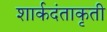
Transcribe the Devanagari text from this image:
शार्कदंताकृती